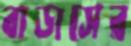
বাডাসের